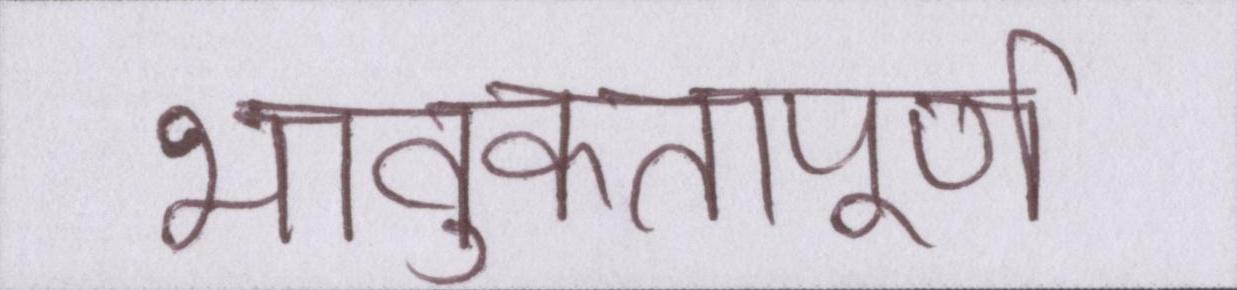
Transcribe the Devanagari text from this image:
भावुकतापूर्ण